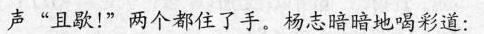
声”且歇！：“两个都住了手。杨志暗暗地喝彩道：